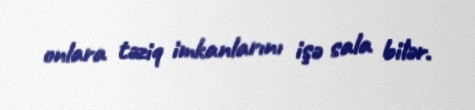
onlara təziq imkanlarını işə sala bilər.